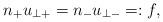
LaTeX: \begin{align*} n_+u_{\perp +}=n_-u_{\perp -}=:f,\end{align*}